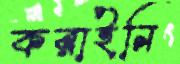
করাইনি